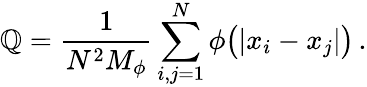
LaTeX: \mathbb{Q}=\frac{{1}}{{N^{2}M_{\phi}}}\sum_{i,j=1}^{N}\phi\big(|x_{i}-x_{j}|\big)\, .